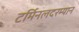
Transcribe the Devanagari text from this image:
टर्मिनलदरम्यान